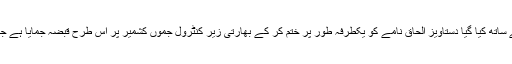
مودی سرکار نے مہا راجہ ھری سنگھ کے ساتھ کیا گیا دستاویز الحاق نامے کو یکطرفہ طور پر ختم کر کے بھارتی زیر کنٹرول جموں کشمیر پر اس طرح قبضہ جمایا ہے جیسے اسرائیل نے فلسطین پر قبضہ کیا ہے۔